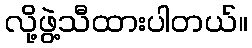
လို့ဖွဲ့သီထားပါတယ်။